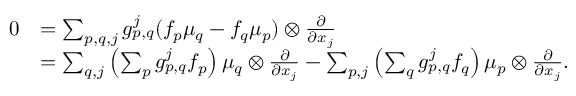
\begin{array} { r l } { 0 } & { = \sum _ { p , q , j } g _ { p , q } ^ { j } ( f _ { p } \mu _ { q } - f _ { q } \mu _ { p } ) \otimes \frac { \partial } { \partial x _ { j } } } \\ & { = \sum _ { q , j } \left( \sum _ { p } g _ { p , q } ^ { j } f _ { p } \right) \mu _ { q } \otimes \frac { \partial } { \partial x _ { j } } - \sum _ { p , j } \left( \sum _ { q } g _ { p , q } ^ { j } f _ { q } \right) \mu _ { p } \otimes \frac { \partial } { \partial x _ { j } } . } \end{array}